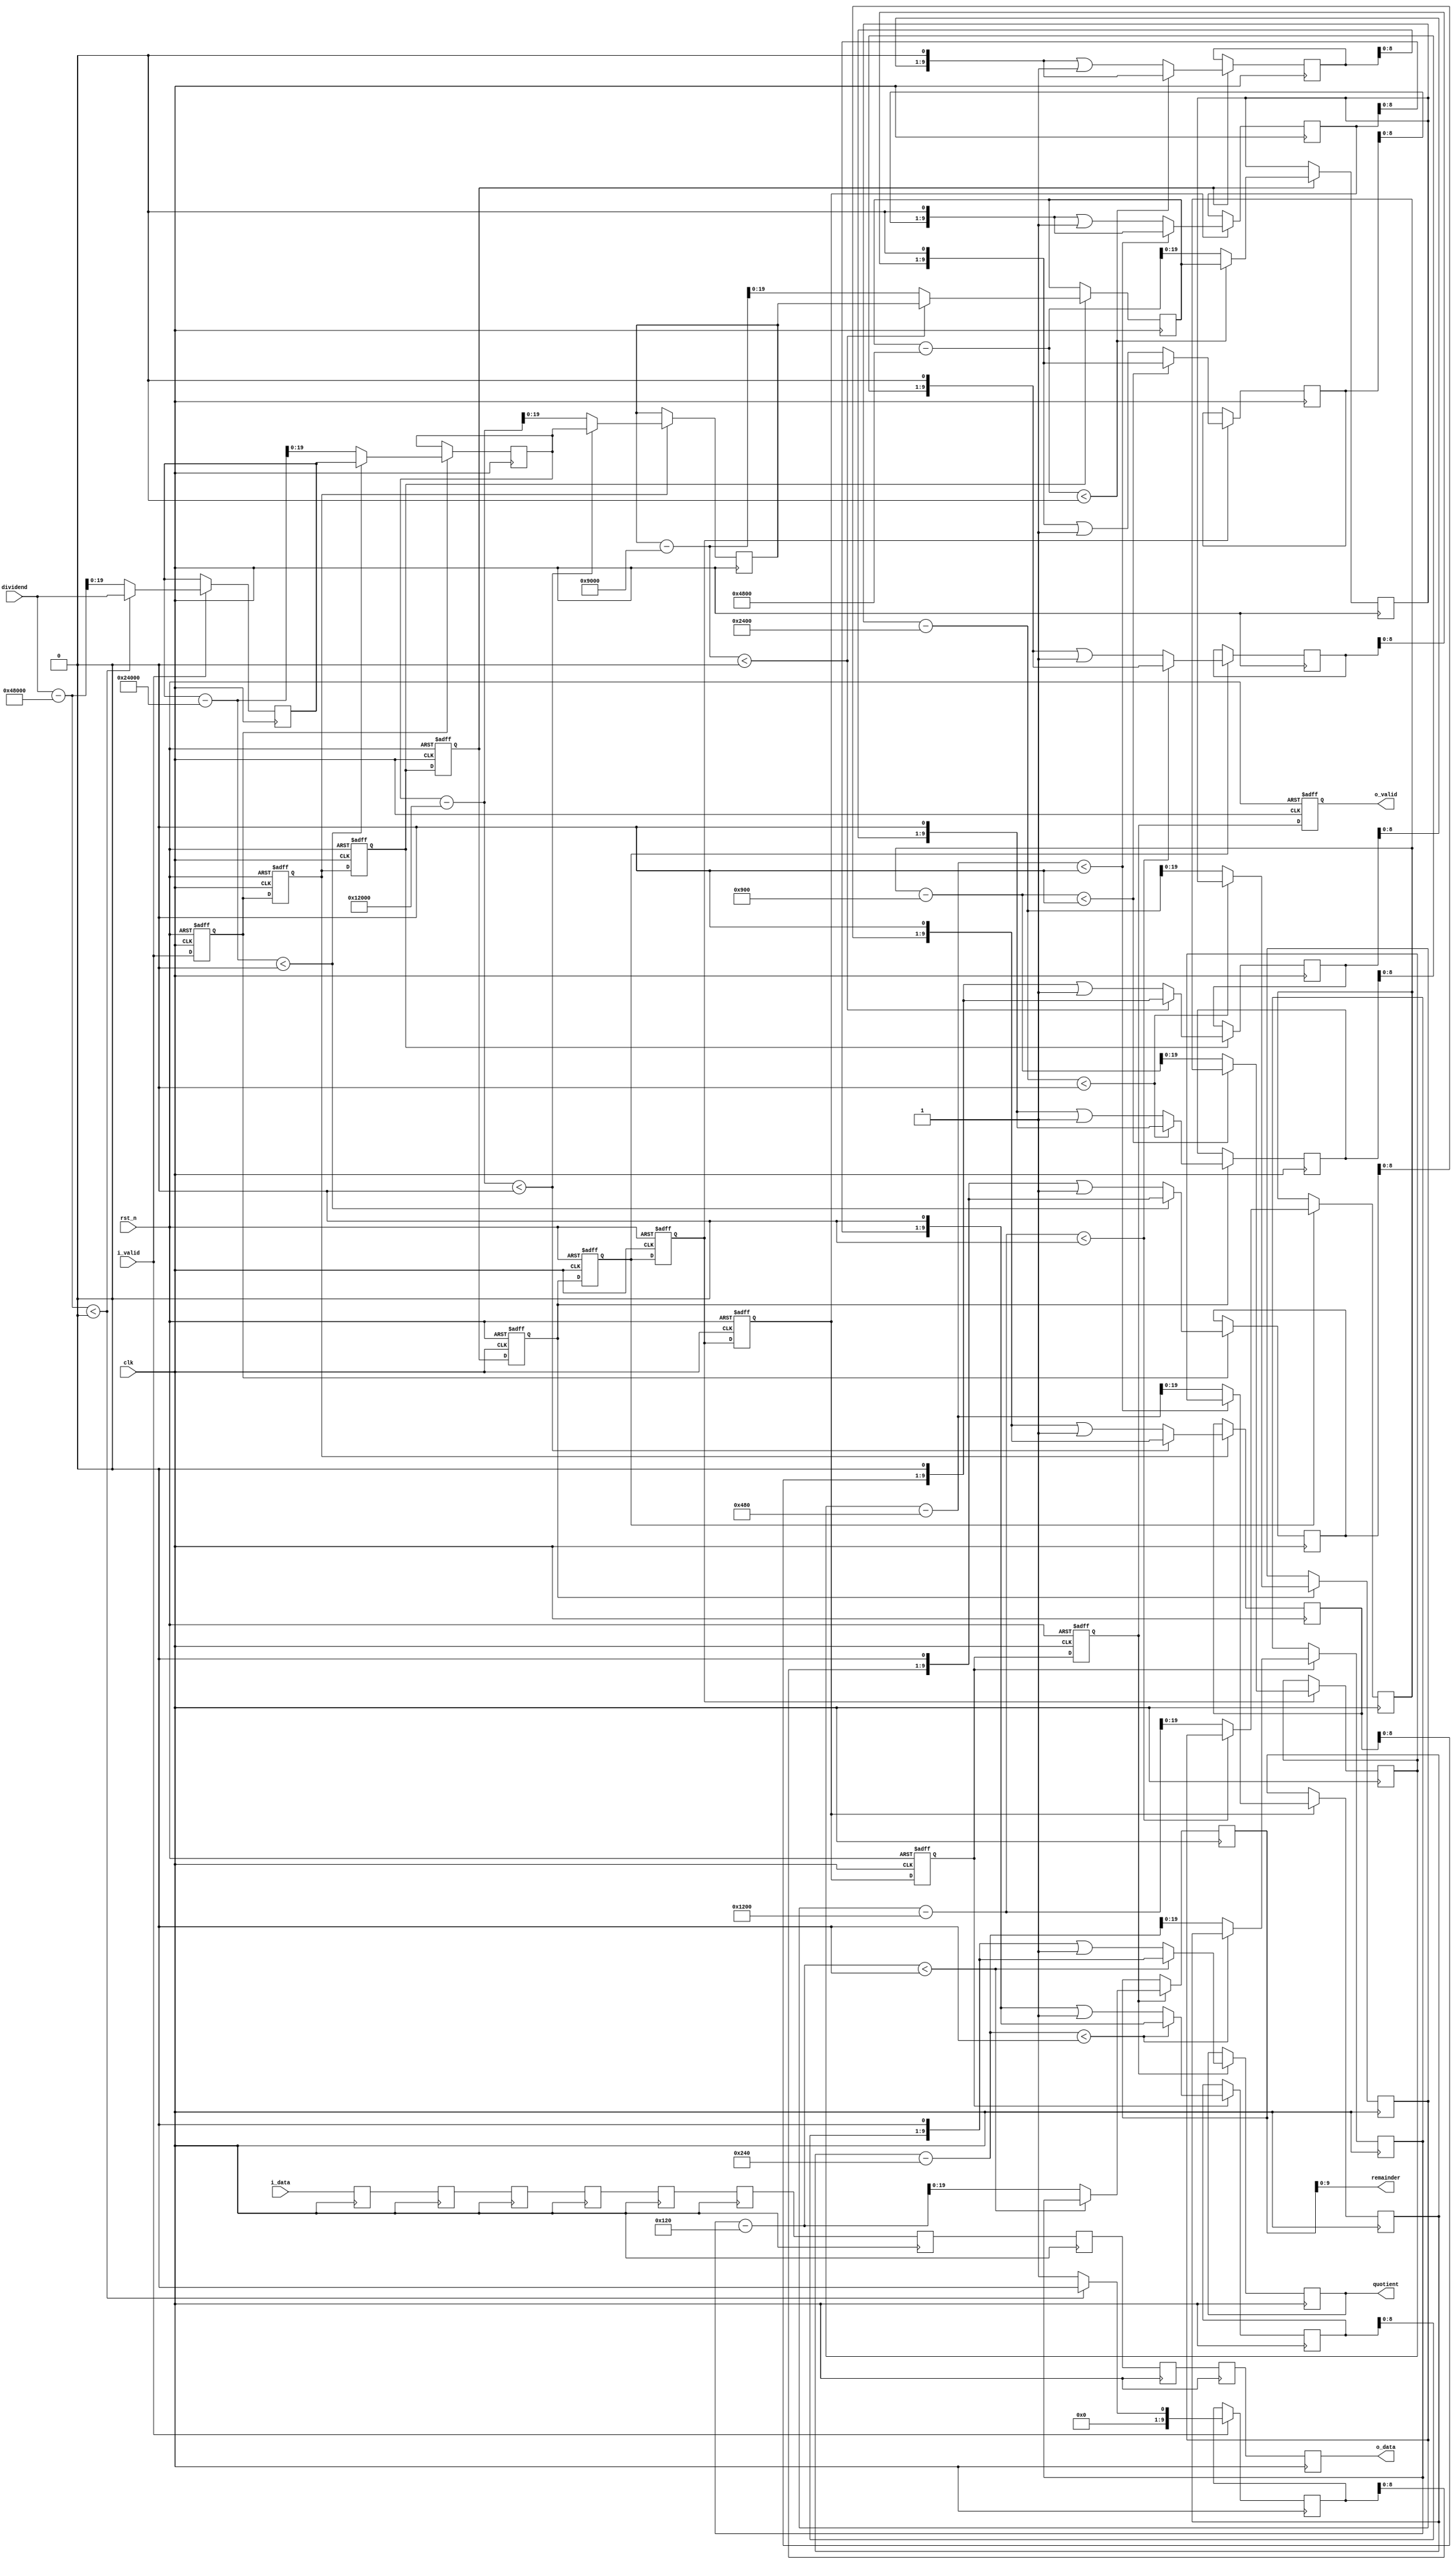
module kernel_write_assist #(
    parameter DIVIDEND_WIDTH = 20,
    parameter DIVISOR        = 288,
    parameter DATA_WIDTH     = 16
)(
    output [DIVIDEND_WIDTH/2-1:0]            quotient,
    output [DIVIDEND_WIDTH/2-1:0]            remainder,
    output [DATA_WIDTH-1:0]                  o_data,
    output                                   o_valid,
    input  [DIVIDEND_WIDTH-1:0]              dividend,
    input  [(DATA_WIDTH>0?DATA_WIDTH:1)-1:0] i_data,
    input                                    i_valid,
    input                                    clk,
    input                                    rst_n
);

    reg [DIVIDEND_WIDTH-1:0]   dividend_reg[0:DIVIDEND_WIDTH/2];
    reg [DIVIDEND_WIDTH/2-1:0] quotient_reg[0:DIVIDEND_WIDTH/2];
    reg [DIVIDEND_WIDTH/2:0]   valid_reg;

    genvar i;

    generate
        for (i = 0; i < DIVIDEND_WIDTH / 2 + 1; i = i + 1) begin : gen0
            wire signed [DIVIDEND_WIDTH:0]     dividend_cur;
            wire signed [DIVIDEND_WIDTH:0]     divisor_cur = DIVISOR << (DIVIDEND_WIDTH / 2 - i);
            wire signed [DIVIDEND_WIDTH:0]     sub = dividend_cur - divisor_cur;
            wire        [DIVIDEND_WIDTH/2-1:0] quotient_cur;
            wire                               valid_cur;

            if (i == 0) begin : gen1
                assign dividend_cur = {1'b0, dividend};
                assign quotient_cur = 0;
                assign valid_cur = i_valid;
            end
            else begin : gen2
                assign dividend_cur = {1'b0, dividend_reg[i-1]};
                assign quotient_cur = quotient_reg[i-1];
                assign valid_cur = valid_reg[i-1];
            end

            always @ (posedge clk) begin
                if (valid_cur) begin
                    if (sub < 0) begin
                        dividend_reg[i] <= dividend_cur[DIVIDEND_WIDTH-1:0];
                        quotient_reg[i] <= quotient_cur << 1;
                    end
                    else begin
                        dividend_reg[i] <= sub[DIVIDEND_WIDTH-1:0];
                        quotient_reg[i] <= (quotient_cur << 1) | 1'b1;
                    end
                end
            end

            always @ (posedge clk or negedge rst_n) begin
                if (~rst_n) begin
                    valid_reg[i] <= 1'b0;
                end
                else begin
                    valid_reg[i] <= valid_cur;
                end
            end
        end
    endgenerate

    generate
        if (DATA_WIDTH > 0) begin : gen3
            reg [DATA_WIDTH-1:0] data_reg[0:DIVIDEND_WIDTH/2];
            assign o_data = data_reg[DIVIDEND_WIDTH/2];

            for (i = 0; i < DIVIDEND_WIDTH / 2 + 1; i = i + 1) begin : gen4
                always @ (posedge clk) begin
                    data_reg[i] <= i == 0 ? i_data : data_reg[i-1];
                end
            end
        end
        else begin : gen5
            assign o_data = 0;
        end
    endgenerate

    assign quotient = quotient_reg[DIVIDEND_WIDTH/2];
    assign remainder = dividend_reg[DIVIDEND_WIDTH/2][DIVIDEND_WIDTH/2-1:0];
    assign o_valid = valid_reg[DIVIDEND_WIDTH/2];

endmodule